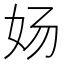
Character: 𰋸